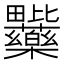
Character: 𭻽